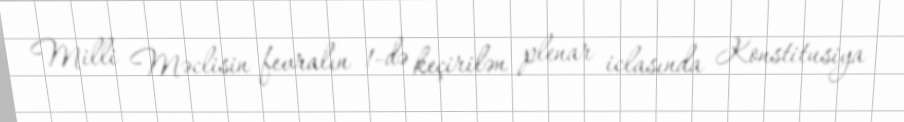
Milli Məclisin fevralın 1-də keçirilən plenar iclasında Konstitusiya